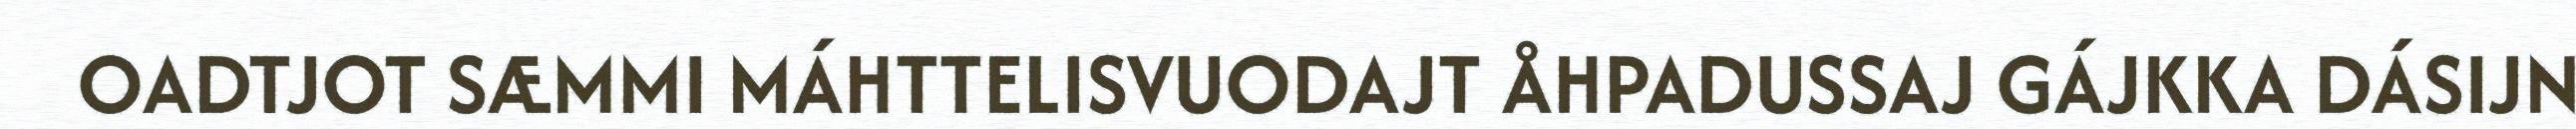
OADTJOT SÆMMI MÁHTTELISVUODAJT ÅHPADUSSAJ GÁJKKA DÁSIJN